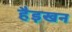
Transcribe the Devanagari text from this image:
हैड़खन